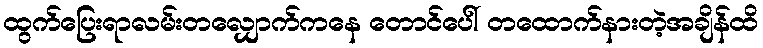
ထွက်ပြေးရာလမ်းတလျှောက်ကနေ တောင်ပေါ် တထောက်နားတဲ့အချိန်ထိ